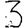
Digit: 3